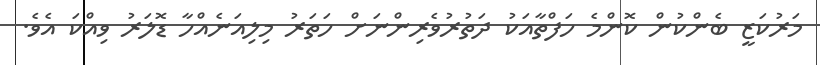
މަރުކަޒީ ބެންކުން ކޮންމެ ހަފްތާއަކު ދަތުރުވެރިންނަށް ހަތަރު މިލިއަނެއްހާ ޑޮލަރު ވިއްކަ އެވެ.